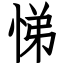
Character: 悌